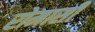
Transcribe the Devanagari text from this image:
रोमासी